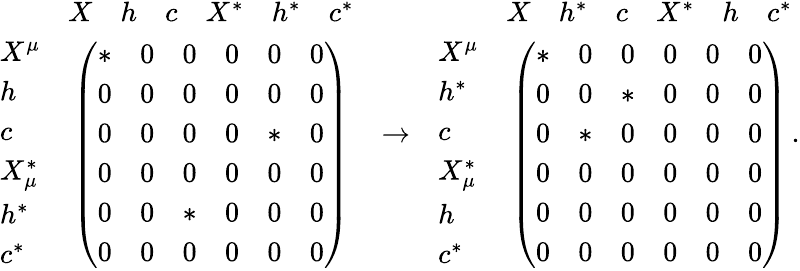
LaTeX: \begin{array}{lcr}{{\begin{array}{lc}{{}}&{{\begin{array}{cccccc}{{X}}&{{h}}&{{c}}&{{X^{*}}}&{{h^{*}}}&{{c^{*}}}\end{array}}}\\ {{\begin{array}{l}{{X^{\mu}}}\\ {{h}}\\ {{c}}\\ {{X_{\mu}^{*}}}\\ {{h^{*}}}\\ {{c^{*}}}\end{array}}}&{{\left(\begin{array}{llllll}{{*}}&{{0}}&{{0}}&{{0}}&{{0}}&{{0}}\\ {{0}}&{{0}}&{{0}}&{{0}}&{{0}}&{{0}}\\ {{0}}&{{0}}&{{0}}&{{0}}&{{*}}&{{0}}\\ {{0}}&{{0}}&{{0}}&{{0}}&{{0}}&{{0}}\\ {{0}}&{{0}}&{{*}}&{{0}}&{{0}}&{{0}}\\ {{0}}&{{0}}&{{0}}&{{0}}&{{0}}&{{0}}\end{array}\right)}}\end{array}}}&{{\rightarrow}}&{{\begin{array}{lc}{{}}&{{\begin{array}{cccccc}{{X}}&{{h^{*}}}&{{c}}&{{X^{*}}}&{{h}}&{{c^{*}}}\end{array}}}\\ {{\begin{array}{l}{{X^{\mu}}}\\ {{h^{*}}}\\ {{c}}\\ {{X_{\mu}^{*}}}\\ {{h}}\\ {{c^{*}}}\end{array}}}&{{\left(\begin{array}{llllll}{{*}}&{{0}}&{{0}}&{{0}}&{{0}}&{{0}}\\ {{0}}&{{0}}&{{*}}&{{0}}&{{0}}&{{0}}\\ {{0}}&{{*}}&{{0}}&{{0}}&{{0}}&{{0}}\\ {{0}}&{{0}}&{{0}}&{{0}}&{{0}}&{{0}}\\ {{0}}&{{0}}&{{0}}&{{0}}&{{0}}&{{0}}\\ {{0}}&{{0}}&{{0}}&{{0}}&{{0}}&{{0}}\end{array}\right)}}\end{array}}}\end{array}.